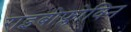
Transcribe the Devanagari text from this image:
राइबोफ्लोविन